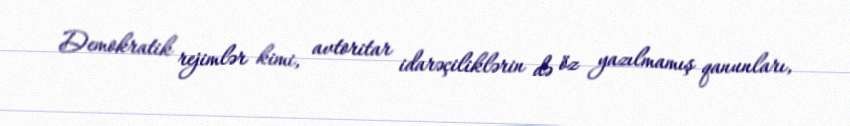
Demokratik rejimlər kimi, avtoritar idarəçiliklərin də öz yazılmamış qanunları,